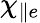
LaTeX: \chi_{\parallel e}